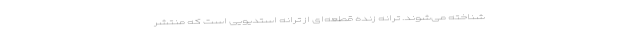
شناخته می‌شوند. ترانه زنده قطعه‌ای از ترانه استدیویی است که منتشر